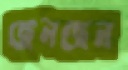
ছেনছেন